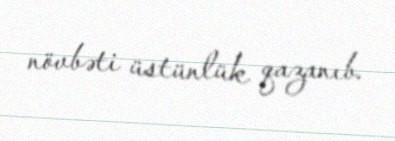
növbəti üstünlük qazanıb.